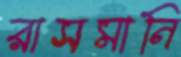
রাসমানি